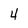
Character: 4